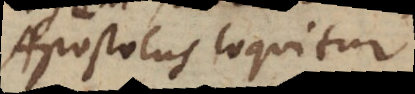
Apostolus loquitur